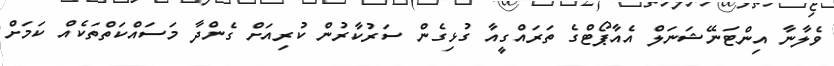
ވެލާނާ އިންޓަނޭޝަނަލް އެއާޕޯޓްގެ ތަރައްގީއާ ގުޅިގެން ސަރުކާރުން ކުރިއަށް ގެންދާ މަސައްކަތްތަކެއް ކަމަށް